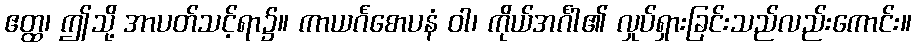
ဧတ္ထ၊ ဤသို့ အာပတ်သင့်ရာ၌။ ကာယင်္ဂစောပနံ ဝါ၊ ကိုယ်အင်္ဂါ၏ လှုပ်ရှားခြင်းသည်လည်းကောင်း။